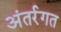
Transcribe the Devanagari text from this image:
अंतर्रगत